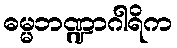
ဓမ္မဘဏ္ဍာဂါရိက